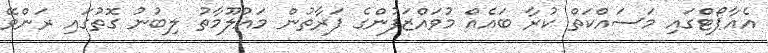
އެއާޕޯޓްގައި މަސައްކަތް ކުރާ ބައެއް މުވައްޒަފުންގެ ފަރާތުން މައުލޫމާތު ލިބުނު ގޮތުގައި ރަންވޭ